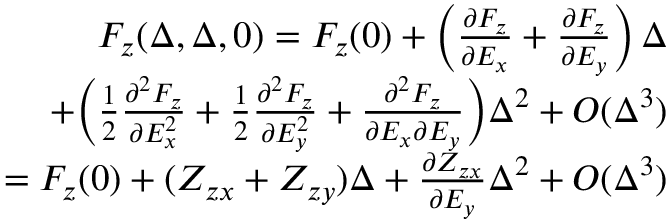
\begin{array} { r l r } & { } & { F _ { z } ( \Delta , \Delta , 0 ) = F _ { z } ( 0 ) + \Bigl ( \frac { \partial F _ { z } } { \partial E _ { x } } + \frac { \partial F _ { z } } { \partial E _ { y } } \Bigr ) \, \Delta } \\ & { } & { \qquad + \Bigl ( \frac { 1 } { 2 } \frac { \partial ^ { 2 } F _ { z } } { \partial E _ { x } ^ { 2 } } + \frac { 1 } { 2 } \frac { \partial ^ { 2 } F _ { z } } { \partial E _ { y } ^ { 2 } } + \frac { \partial ^ { 2 } F _ { z } } { \partial E _ { x } \partial E _ { y } } \Bigr ) \Delta ^ { 2 } + O ( \Delta ^ { 3 } ) } \\ & { } & { \quad = F _ { z } ( 0 ) + ( Z _ { z x } + Z _ { z y } ) \Delta + \frac { \partial Z _ { z x } } { \partial E _ { y } } \Delta ^ { 2 } + O ( \Delta ^ { 3 } ) } \end{array}